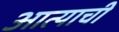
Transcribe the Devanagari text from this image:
आत्याची